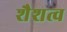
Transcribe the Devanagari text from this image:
शैशत्व